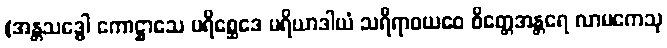
(အန္တသဒ္ဓေါ ကောဋ္ဌာသေ ပရိစ္ဆေဒေ မရိယာဒါယံ သရီရာဝယဝေ စိတ္တေအန္တရေ လာမကေသု